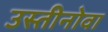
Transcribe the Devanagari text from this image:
उस्तीनोवा